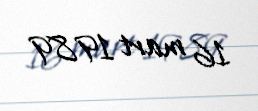
16 mart 1989